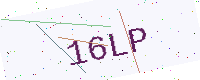
Text: 16LP